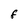
Character: F